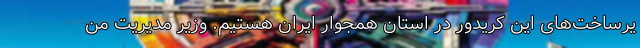
یرساخت‌های این کریدور در استان همجوار ایران هستیم. وزیر مدیریت من